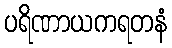
ပရိဏာယကရတနံ